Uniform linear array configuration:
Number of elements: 24
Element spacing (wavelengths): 0.5
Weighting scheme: uniform
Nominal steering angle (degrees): -60
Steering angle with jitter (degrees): -59.681
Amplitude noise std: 0.05
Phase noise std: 0.05

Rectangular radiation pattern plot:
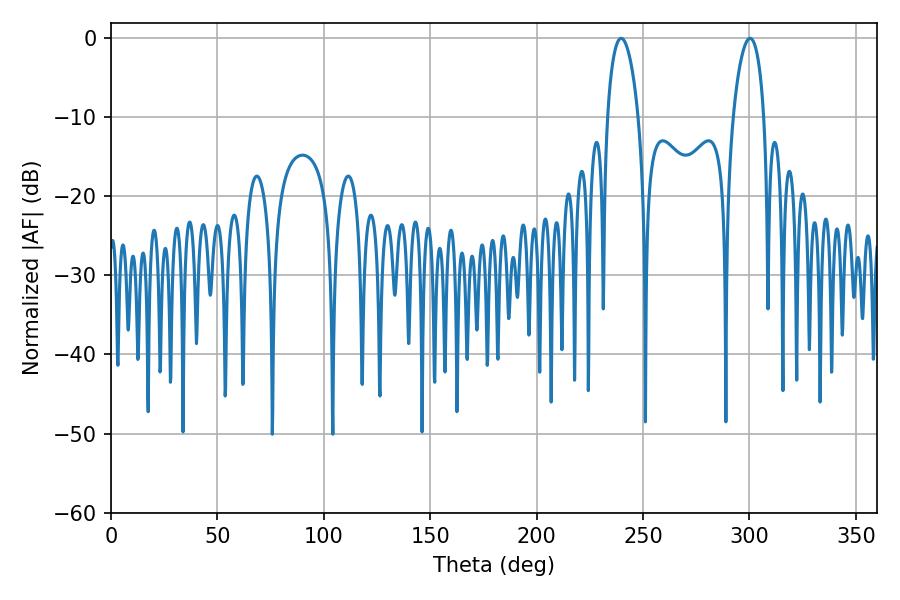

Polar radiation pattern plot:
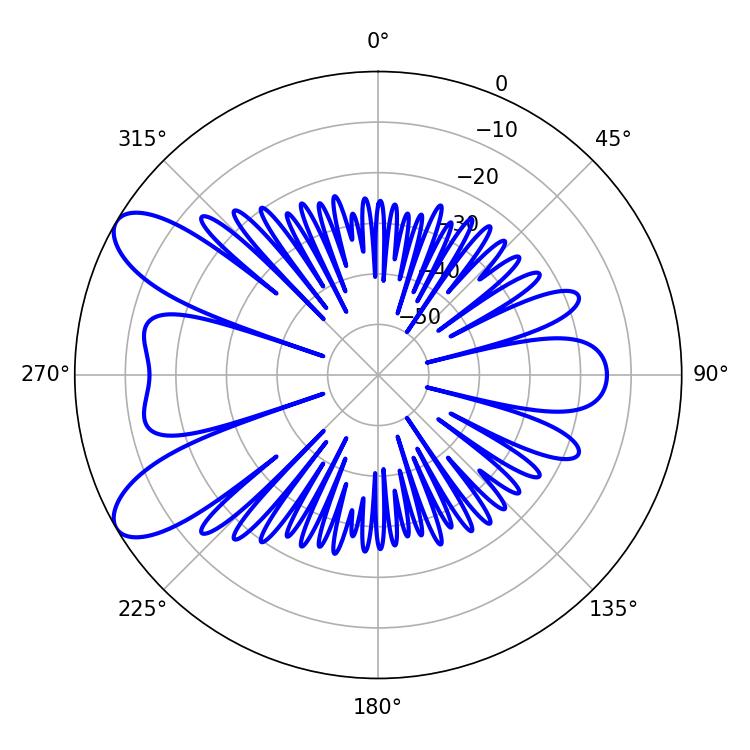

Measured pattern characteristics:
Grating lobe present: FALSE
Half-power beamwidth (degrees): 8.28
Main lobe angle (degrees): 239.76